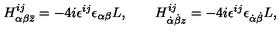
H _ { \alpha \beta \bar { z } } ^ { i j } = - 4 i \epsilon ^ { i j } \epsilon _ { \alpha \beta } L , \qquad H _ { \dot { \alpha } \dot { \beta } z } ^ { i j } = - 4 i \epsilon ^ { i j } \epsilon _ { \dot { \alpha } \dot { \beta } } L ,